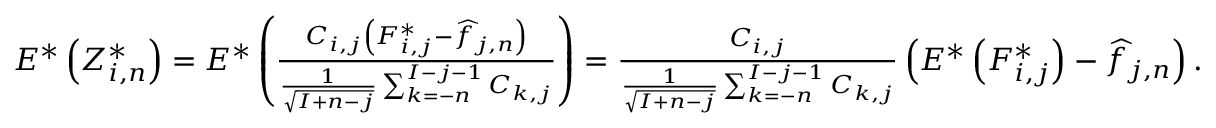
\begin{array} { r } { E ^ { * } \left( Z _ { i , n } ^ { * } \right) = E ^ { * } \left( \frac { C _ { i , j } \left( F _ { i , j } ^ { * } - \widehat f _ { j , n } \right) } { \frac { 1 } { \sqrt { I + n - j } } \sum _ { k = - n } ^ { I - j - 1 } C _ { k , j } } \right) = \frac { C _ { i , j } } { { \frac { 1 } { \sqrt { I + n - j } } \sum _ { k = - n } ^ { I - j - 1 } C _ { k , j } } } \left( E ^ { * } \left( F _ { i , j } ^ { * } \right) - \widehat f _ { j , n } \right) . } \end{array}